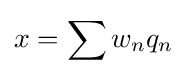
x=\sum w_{n}q_{n}